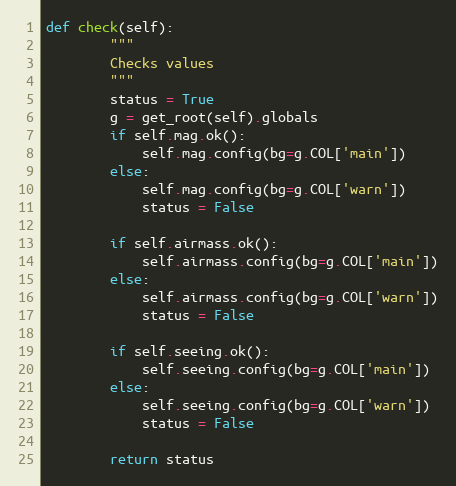
Language: Python
def check(self):
        """
        Checks values
        """
        status = True
        g = get_root(self).globals
        if self.mag.ok():
            self.mag.config(bg=g.COL['main'])
        else:
            self.mag.config(bg=g.COL['warn'])
            status = False

        if self.airmass.ok():
            self.airmass.config(bg=g.COL['main'])
        else:
            self.airmass.config(bg=g.COL['warn'])
            status = False

        if self.seeing.ok():
            self.seeing.config(bg=g.COL['main'])
        else:
            self.seeing.config(bg=g.COL['warn'])
            status = False

        return status